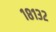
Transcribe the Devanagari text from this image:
१८१३२